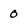
Character: 0